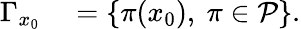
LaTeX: \begin{array}{rl}{\Gamma_{x_{0}}}&{{}=\left\{ \pi(x_{0}),~\pi\in\mathcal{P}\right\} .}\end{array}